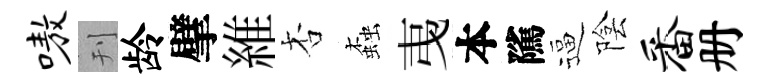
嗷刊龄擘維杏螙𢎯本隲逼陰番册